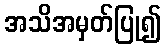
အသိအမှတ်ပြု၍